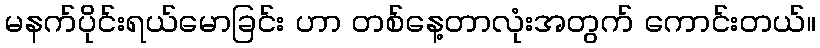
မနက်ပိုင်းရယ်မောခြင်း ဟာ တစ်နေ့တာလုံးအတွက် ကောင်းတယ်။